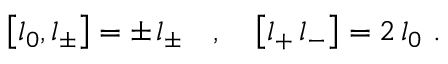
\left[ l _ { 0 } , l _ { \pm } \right] = \pm \, l _ { \pm } \quad , \quad \left[ l _ { + } \, l _ { - } \right] = 2 \, l _ { 0 } ~ .